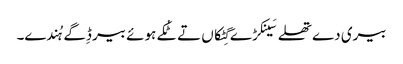
بیری دے تھلے سَینکڑے گِٹکاں تے ٹُکے ہوئے بیر ڈِگے ہُندے۔